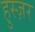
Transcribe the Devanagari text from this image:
हुस्ज़र